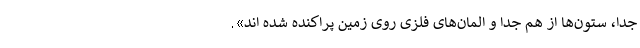
جدا، ستون‌ها از هم جدا و المان‌های فلزی روی زمین پراکنده شده اند».